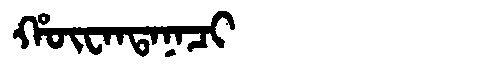
Manchu: ᡥᡡᠸᠠᠨᡨᠠᠨᠠᠴᡳ
Romanization: HŪWANTANACI